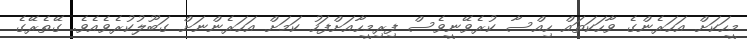
މީހަކަށް އަހަރެންގެ ވާހަކަތައް ހިއްސާ ކުރެވޭނީވެސް ފިރިމީހާއަށްފަހު ކަމަށް އަހަރެންނަށް ގަބޫލުކުރެވެއެވެ. ގޭތެރޭގެ